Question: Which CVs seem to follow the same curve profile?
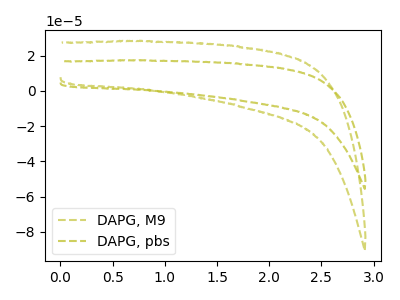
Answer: <think>The olive dashed curve "DAPG, M9" has no peaks. The olive dashed curve "DAPG, pbs" has no peaks.
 Neither "DAPG, M9" or "DAPG, pbs" have any peaks.</think>
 <answer>"DAPG, M9" and "DAPG, pbs" have the same shape and are likely CV's of the same chemical.</answer>
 <eval>"DAPG, M9" "DAPG, pbs"</eval>